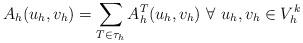
LaTeX: \begin{align*} A_{h}(u_{h},v_{h})=\sum_{T \in \tau_{h}} A^{T}_{h}(u_{h},v_{h}) \ \forall \ u_{h},v_{h} \in V^{k}_{h}\end{align*}